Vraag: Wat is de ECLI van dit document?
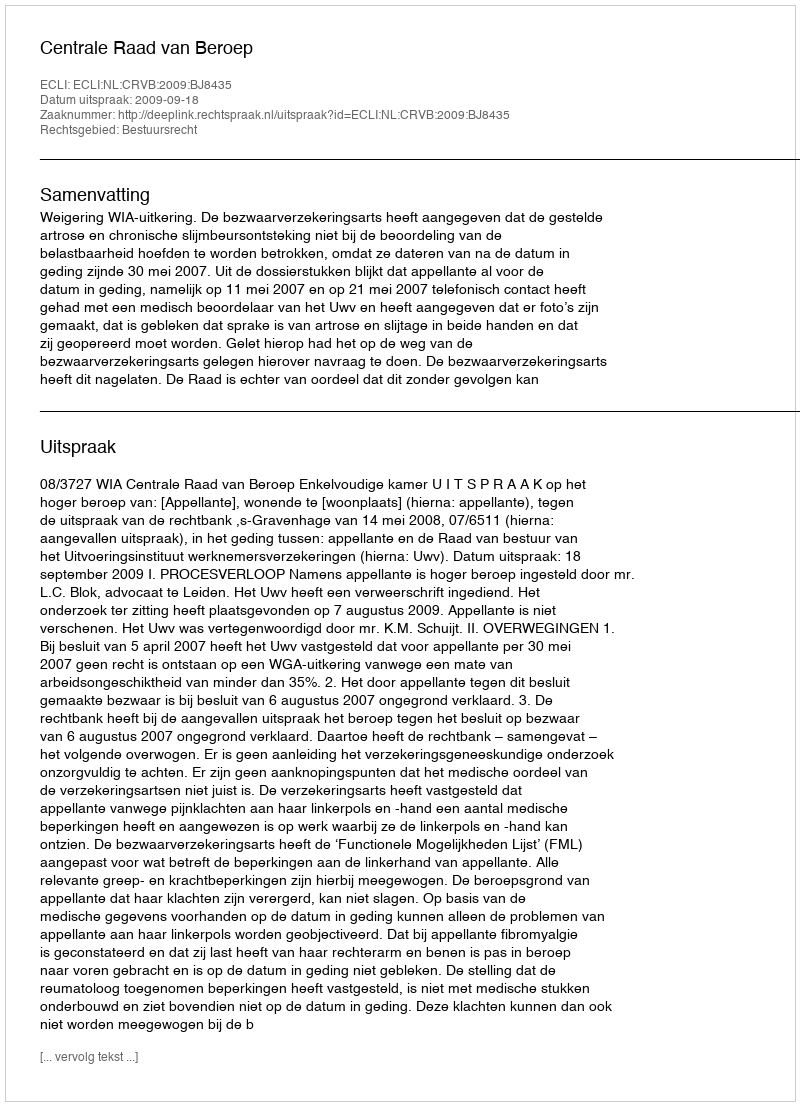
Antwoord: ECLI:NL:CRVB:2009:BJ8435